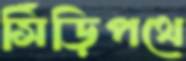
সিঁড়িপথে